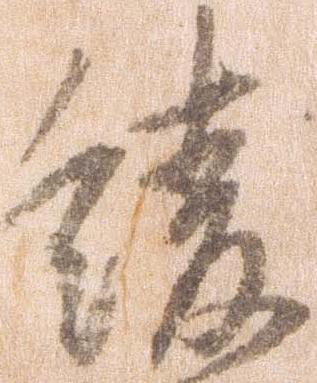
緩